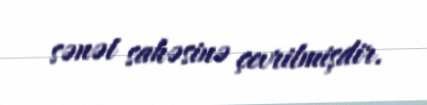
sənət sahəsinə çevrilmişdir.